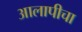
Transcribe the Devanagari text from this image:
आलापीचा